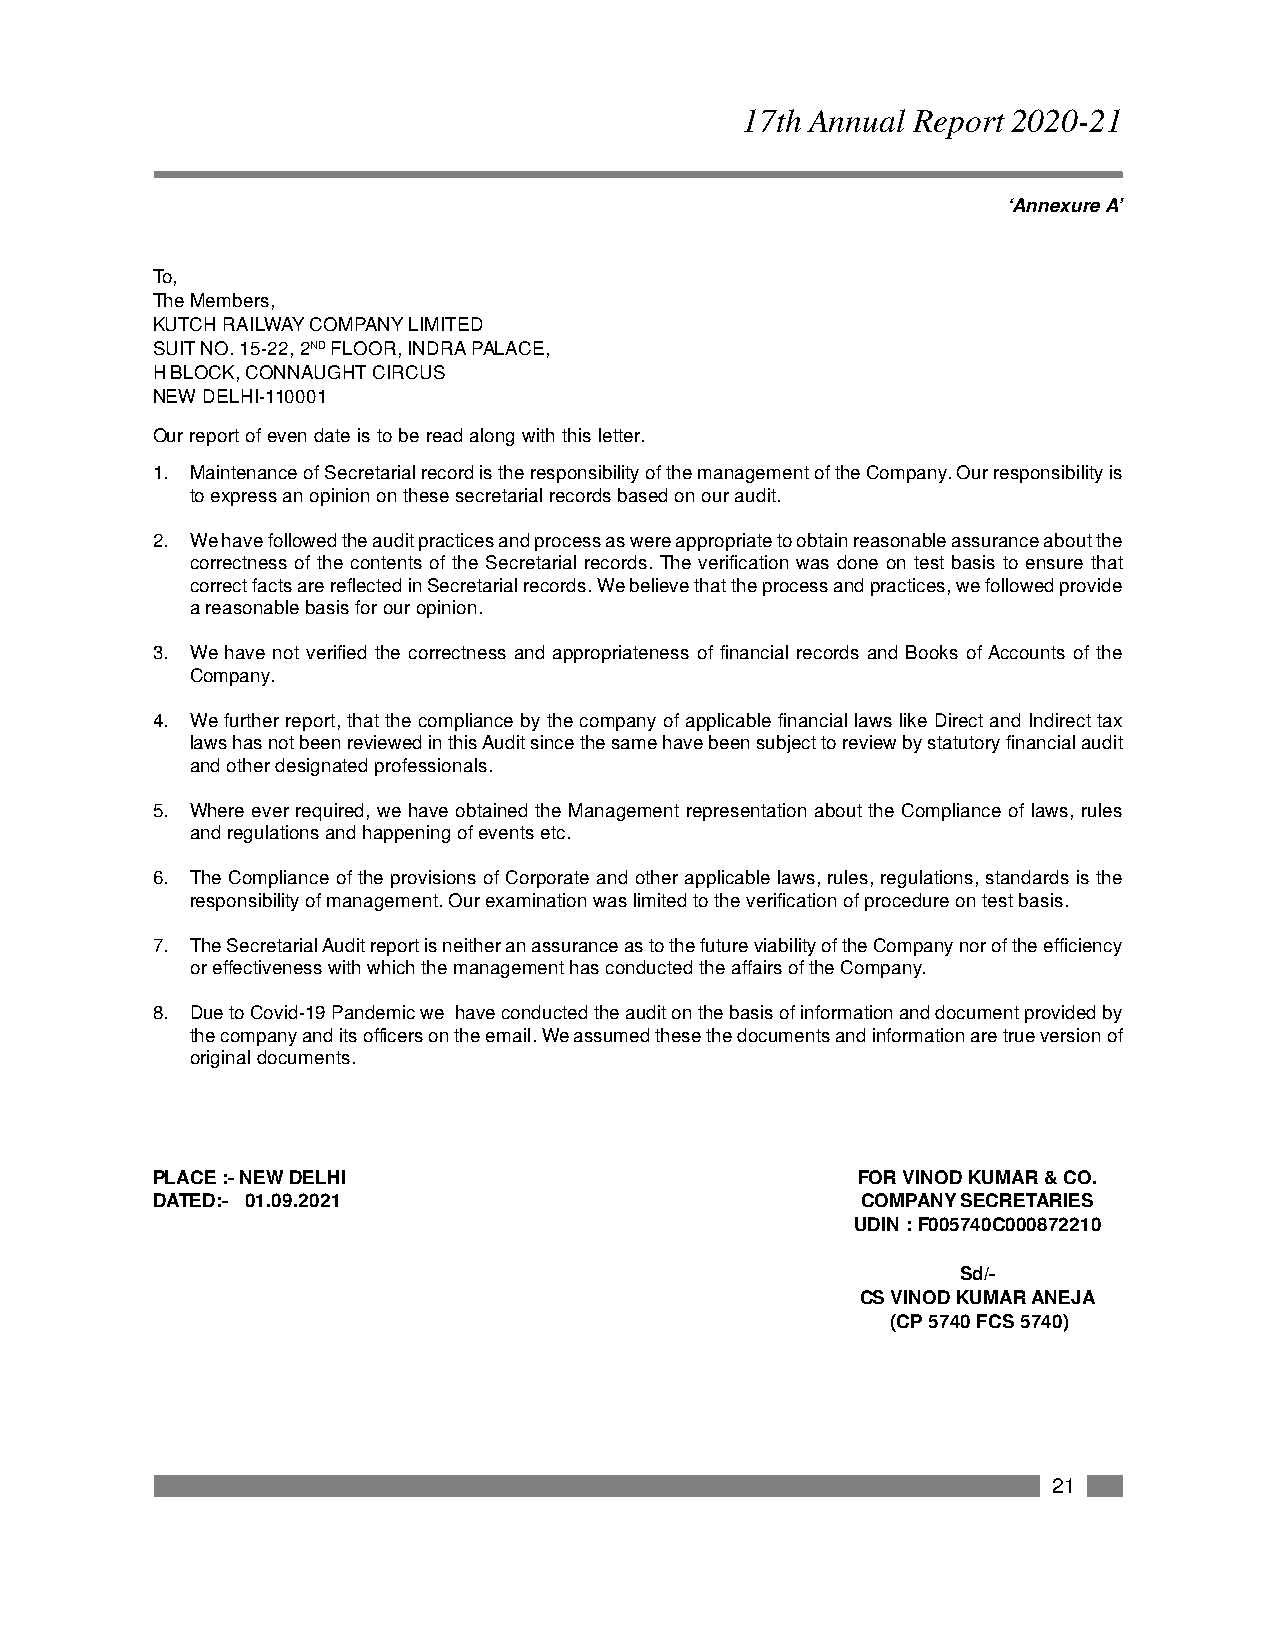
17th Annual Report 2020-21
 ‘Annexure A’
 To,
 The Members,
 KUTCH RAILWAY COMPANY LIMITED
 SUIT NO. 15-22, 2ND FLOOR, INDRA PALACE,
 H BLOCK, CONNAUGHT CIRCUS
 NEW DELHI-110001
 Our report of even date is to be read along with this letter.
 1. Maintenance of Secretarial record is the responsibility of the management of the Company. Our responsibility is
 to express an opinion on these secretarial records based on our audit.
 2. We have followed the audit practices and process as were appropriate to obtain reasonable assurance about the
 correctness of the contents of the Secretarial records. The verification was done on test basis to ensure that
 correct facts are reflected in Secretarial records. We believe that the process and practices, we followed provide
 a reasonable basis for our opinion.
 3. We have not verified the correctness and appropriateness of financial records and Books of Accounts of the
 Company.
 4. We further report, that the compliance by the company of applicable financial laws like Direct and Indirect tax
 laws has not been reviewed in this Audit since the same have been subject to review by statutory financial audit
 and other designated professionals.
 5. Where ever required, we have obtained the Management representation about the Compliance of laws, rules
 and regulations and happening of events etc.
 6. The Compliance of the provisions of Corporate and other applicable laws, rules, regulations, standards is the
 responsibility of management. Our examination was limited to the verification of procedure on test basis.
 7. The Secretarial Audit report is neither an assurance as to the future viability of the Company nor of the efficiency
 or effectiveness with which the management has conducted the affairs of the Company.
 8. Due to Covid-19 Pandemic we have conducted the audit on the basis of information and document provided by
 the company and its officers on the email. We assumed these the documents and information are true version of
 original documents.
 PLACE :- NEW DELHI                             FOR VINOD KUMAR & CO.
 DATED:- 01.09.2021                             COMPANY SECRETARIES
 UDIN : F005740C000872210
 Sd/-
 CS VINOD KUMAR ANEJA
 (CP 5740 FCS 5740)
 21